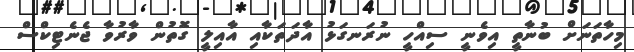
މިހާތަނަށް ބުނާތީ އިވެނީ ސިއްހީ ނުރަނގަޅު އާދަތަކާއި އާއިލީ ގޮތުން ވާރުވާ ޖެނެޓިކްސް